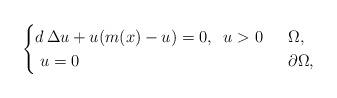
LaTeX: \begin{align*} \begin{cases} d\,\Delta u + u(m(x)-u)=0,\;\; u>0 &\;\;\Omega, \\ \; u = 0 &\;\;\partial\Omega, \end{cases}\end{align*}